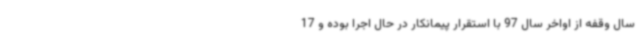
سال وقفه از اواخر سال 97 با استقرار پیمانکار در حال اجرا بوده و 17